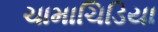
ચામાચિડિયા